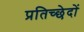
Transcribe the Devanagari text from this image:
प्रतिच्छेदों